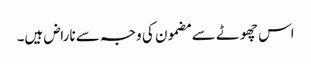
اس چھوٹے سے مضمون کی وجہ سے ناراض ہیں۔